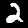
Digit: 2